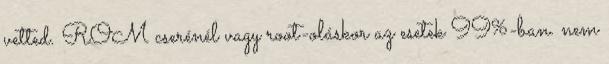
vetted. ROM cserénél vagy root-oláskor az esetek 99%-ban. nem